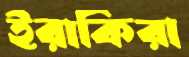
ইরাকিরা